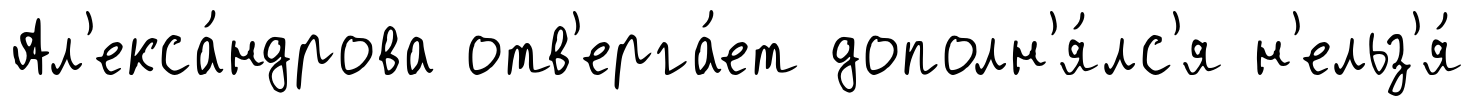
Ал'екса́ндрова отв'ерга́ет дополн'я́лс'я н'ельз'я́